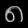
Digit: ၈